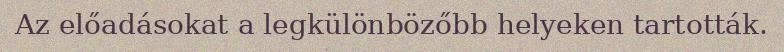
Az előadásokat a legkülönbözőbb helyeken tartották.